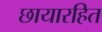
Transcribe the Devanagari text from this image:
छायारहित